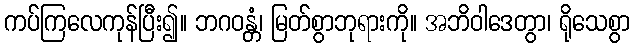
ကပ်ကြလေကုန်ပြီး၍။ ဘဂဝန္တံ၊ မြတ်စွာဘုရားကို။ အဘိဝါဒေတွာ၊ ရိုသေစွာ